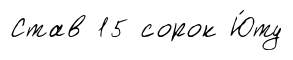
Став 15 сорок Ю́ту